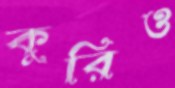
কুরিও